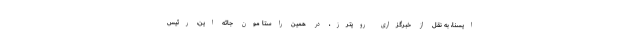
ایسنا، به نقل از خبرگزاری رویترز، در همین راستا مون جائه این، رئیس